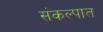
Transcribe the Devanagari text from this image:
संकल्पात